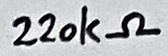
Text: 220kΩ